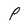
Character: P